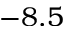
- 8 . 5